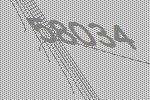
58034